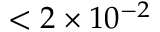
< 2 \times 1 0 ^ { - 2 }